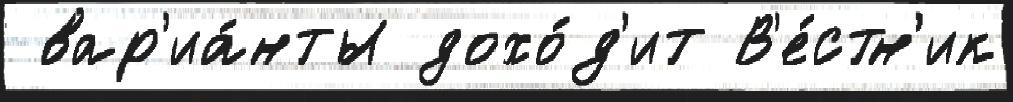
 вар'иа́нты дохо́д'ит В'е́стн'ик